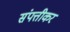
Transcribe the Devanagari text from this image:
संपत्तीकर